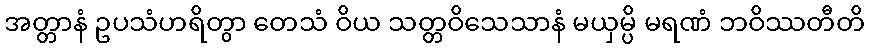
အတ္တာနံ ဥပသံဟရိတွာ တေသံ ဝိယ သတ္တဝိသေသာနံ မယှမ္ပိ မရဏံ ဘဝိဿတီတိ